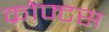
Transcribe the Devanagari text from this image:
क्रोफ्टस